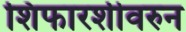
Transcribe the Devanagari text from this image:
शिफारशीवरुन